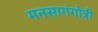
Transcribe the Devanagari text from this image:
मनसागंगोत्री